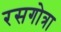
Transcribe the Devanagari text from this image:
रसगोत्रा